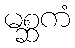
မစ္ဆကံ